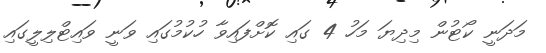
މަދަނީ ކޯޓުން މިދިޔަ މަހު 4 ގައި ކޮށްފައިވާ ހުކުމުގައި ވަނީ ވައިޓްލިލީގައި